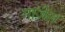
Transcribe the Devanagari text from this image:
माज़ेल